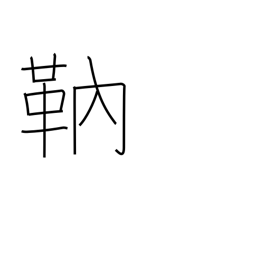
Meaning: archer's arm protector